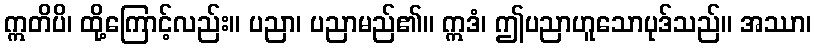
ဣတိပိ၊ ထို့ကြောင့်လည်း။ ပညာ၊ ပညာမည်၏။ ဣဒံ၊ ဤပညာဟူသောပုဒ်သည်။ အဿာ၊